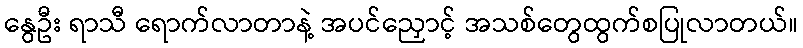
နွေဦး ရာသီ ရောက်လာတာနဲ့ အပင်ညှောင့် အသစ်တွေထွက်စပြုလာတယ်။